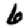
Digit: 6